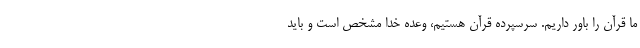
ما قرآن را باور داریم. سرسپرده قرآن هستیم، وعده خدا مشخص است و باید